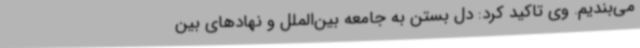
می‌بندیم. وی تاکید کرد: دل بستن به جامعه بین‌الملل و نهادهای بین‌